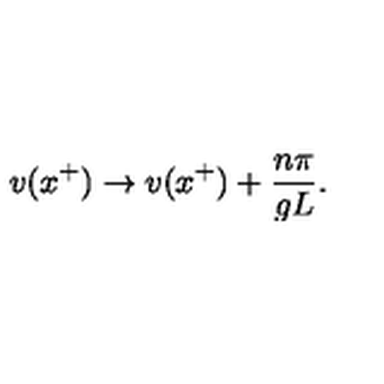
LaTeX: v ( x ^ { + } ) \rightarrow v ( x ^ { + } ) + { \frac { n \pi } { g L } } .